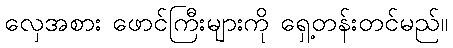
လှေအစား ဖောင်ကြီးများကို ရှေ့တန်းတင်မည်။